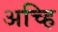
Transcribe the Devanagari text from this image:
अच्हि